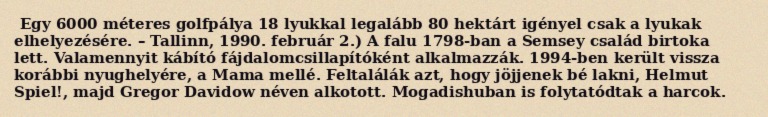
Egy 6000 méteres golfpálya 18 lyukkal legalább 80 hektárt igényel csak a lyukak elhelyezésére. – Tallinn, 1990. február 2.) A falu 1798-ban a Semsey család birtoka lett. Valamennyit kábító fájdalomcsillapítóként alkalmazzák. 1994-ben került vissza korábbi nyughelyére, a Mama mellé. Feltalálák azt, hogy jöjjenek bé lakni, Helmut Spiel!, majd Gregor Davidow néven alkotott. Mogadishuban is folytatódtak a harcok.